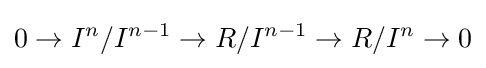
0\to I^{n}/I^{n-1}\to R/I^{n-1}\to R/I^{n}\to 0